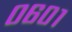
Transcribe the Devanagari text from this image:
०६०१